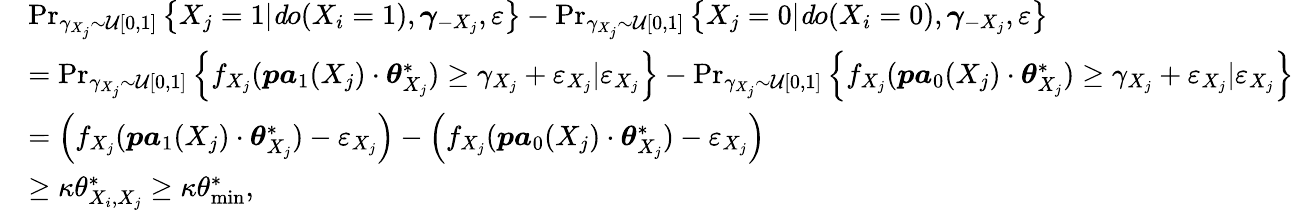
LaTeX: \begin{array}{rl}&{\operatorname*{Pr}_{\gamma_{X_{j}}\sim\mathcal{U}[0,1]}\left\{ X_{j}=1|{\mathit do}(X_{i}=1),\boldsymbol{\gamma}_{-X_{j}},\varepsilon\right\} -\operatorname*{Pr}_{\gamma_{X_{j}}\sim\mathcal{U}[0,1]}\left\{ X_{j}=0|{\mathit do}(X_{i}=0),\boldsymbol{\gamma}_{-X_{j}},\varepsilon\right\} }\\ &{=\operatorname*{Pr}_{\gamma_{X_{j}}\sim\mathcal{U}[0,1]}\left\{ f_{X_{j}}(\boldsymbol{\mathit pa}_{1}(X_{j})\cdot\boldsymbol{\theta}_{X_{j}}^{*})\geq\gamma_{X_{j}}+\varepsilon_{X_{j}}|\varepsilon_{X_{j}}\right\} -\operatorname*{Pr}_{\gamma_{X_{j}}\sim\mathcal{U}[0,1]}\left\{ f_{X_{j}}(\boldsymbol{\mathit pa}_{0}(X_{j})\cdot\boldsymbol{\theta}_{X_{j}}^{*})\geq\gamma_{X_{j}}+\varepsilon_{X_{j}}|\varepsilon_{X_{j}}\right\} }\\ &{=\left(f_{X_{j}}(\boldsymbol{\mathit pa}_{1}(X_{j})\cdot\boldsymbol{\theta}_{X_{j}}^{*})-\varepsilon_{X_{j}}\right)-\left(f_{X_{j}}(\boldsymbol{\mathit pa}_{0}(X_{j})\cdot\boldsymbol{\theta}_{X_{j}}^{*})-\varepsilon_{X_{j}}\right)}\\ &{\geq\kappa\theta_{X_{i},X_{j}}^{*}\geq\kappa\theta_{\operatorname*{min}}^{*},}\end{array}